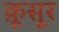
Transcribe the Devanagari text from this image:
क़ूसूर